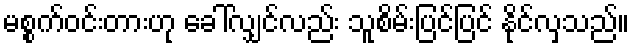
မစ္စက်ဝင်းတားဟု ခေါ်လျှင်လည်း သူစိမ်းပြင်ပြင် နိုင်လှသည်။